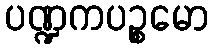
ပဏ္ဍကပဉ္စမော